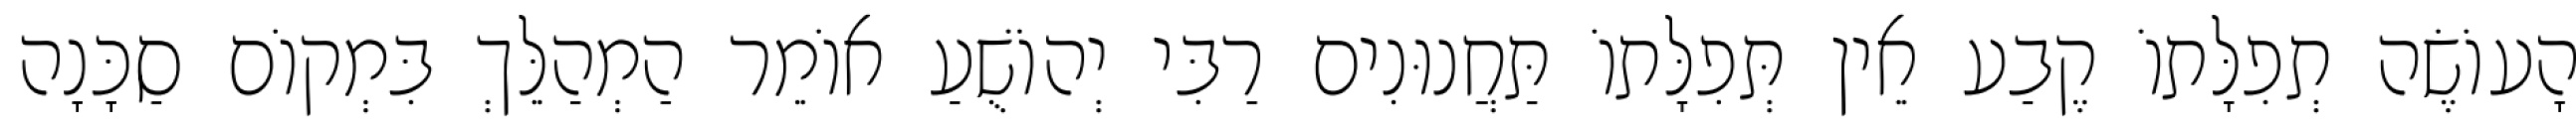
הָעוֹשֶׂה תְפִלָּתוֹ קֶבַע אֵין תְּפִלָּתוֹ תַּחֲנוּנִים רַבִּי יְהוֹשֻׁעַ אוֹמֵר הַמְהַלֵּךְ בִּמְקוֹם סַכָּנָה